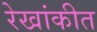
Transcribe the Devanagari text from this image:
रेखांकीत